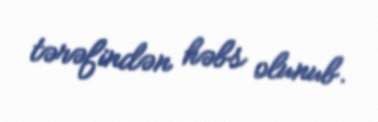
tərəfindən həbs olunub.